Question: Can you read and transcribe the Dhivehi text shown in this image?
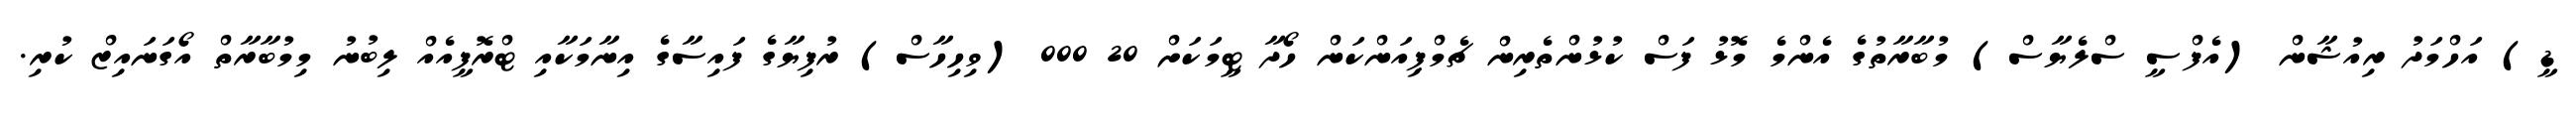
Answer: ޑީ) އަހްމަދު ރިއުޝާން (އެފްސީ ސްލެޔާސް) މުބާރާތުގެ އެންމެ މޮޅު ފަސް ކުޅުންތެރިން ޗެމްޕިއަންކަން ހޯދާ ޓީމަކަށް 20 000 (ވިހިހާސް) ރުފިޔާގެ ފައިސާގެ އިނާމަކާއި ޓްރޮފީއެއް ލިބުނު މިމުބާރާތް އޯގަނައިޒް ކުރި.